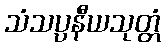
သံသပ္ပနီယသုတ္တံ